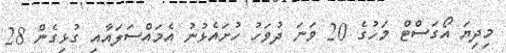
މިދިޔަ އޯގަސްޓް މަހުގެ 20 ވަނަ ދުވަހު ހުށައެޅުނު އެމައްސަލައާއި ގުޅިގެން 28